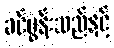
ခင်ပွန်းသည်နှင့်